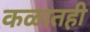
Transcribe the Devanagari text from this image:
कळातही